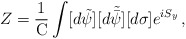
\begin{align*}Z = \frac{1}{\mbox{C}}\int[d\tilde{\psi}][d\tilde{\bar{\psi}}][d\sigma] e^{iS_{y}}\, ,\end{align*}